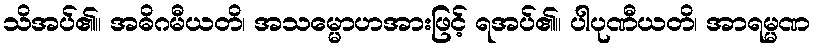
သိအပ်၏။ အဓိဂမီယတိ၊ အသမ္မောဟအားဖြင့် ရအပ်၏။ ပါပုဏီယတိ၊ အာရမ္မဏ